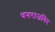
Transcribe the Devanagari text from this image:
धनराजगिर